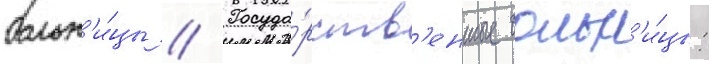
больн'и́цы // Госуда́рств'енные больн'и́цы: